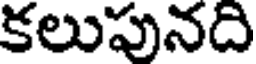
కలుపునది